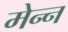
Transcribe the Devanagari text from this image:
मेन्न